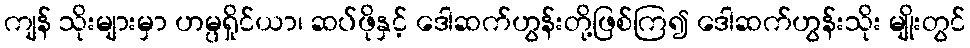
ကျန် သိုးများမှာ ဟမ္ပရှိုင်ယာ၊ ဆပ်ဖိုနှင့် ဒေါဆက်ဟွန်းတို့ဖြစ်ကြ၍ ဒေါဆက်ဟွန်းသိုး မျိုးတွင်